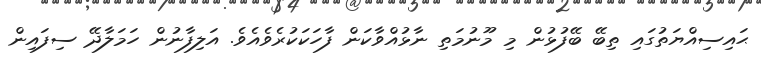
ޙައިސިއްޔަތުގައި ތިބޭ ބޭފުޅުން މި މޫނުމަތި ނާޅުއްވާކަން ފާހަކަކުރެވެއެވެ. އަލިފާނުން ހަމަލާދޭ ސިފައިން